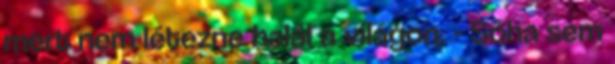
mert nem létezne halál a világon. - Soha sem